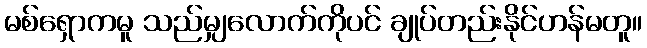
မစ်ရှောကမူ သည်မျှလောက်ကိုပင် ချုပ်တည်းနိုင်ဟန်မတူ။